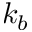
k _ { b }